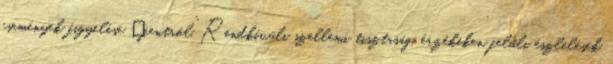
események figyelése „fentről”. Rendkívüli szellemi tisztaság, érzékeken felüli észlelések